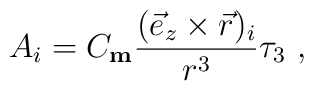
A_i = C_{\rm \bf m}\frac{(\vec{e}_z \times \vec{r})_i}{r^3} \tau_3 \ ,